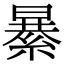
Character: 𦃙